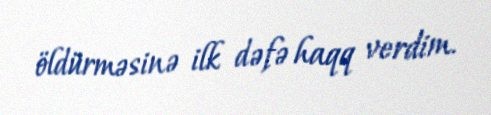
öldürməsinə ilk dəfə haqq verdim.